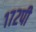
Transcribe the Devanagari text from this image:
१७२पी